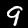
Digit: 9